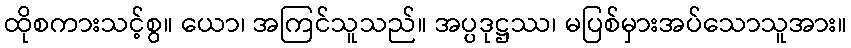
ထိုစကားသင့်စွ။ ယော၊ အကြင်သူသည်။ အပ္ပဒုဋ္ဌဿ၊ မပြစ်မှားအပ်သောသူအား။